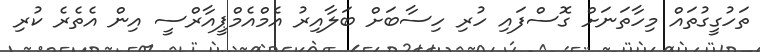
ތަހުގީގުތައް މިހާތަނަށް ގޮސްފައި ހުރި ހިސާބަށް ބަލާއިރު އެމްއެމްޕީއާރްސީ އިން އެތެރެ ކުރި